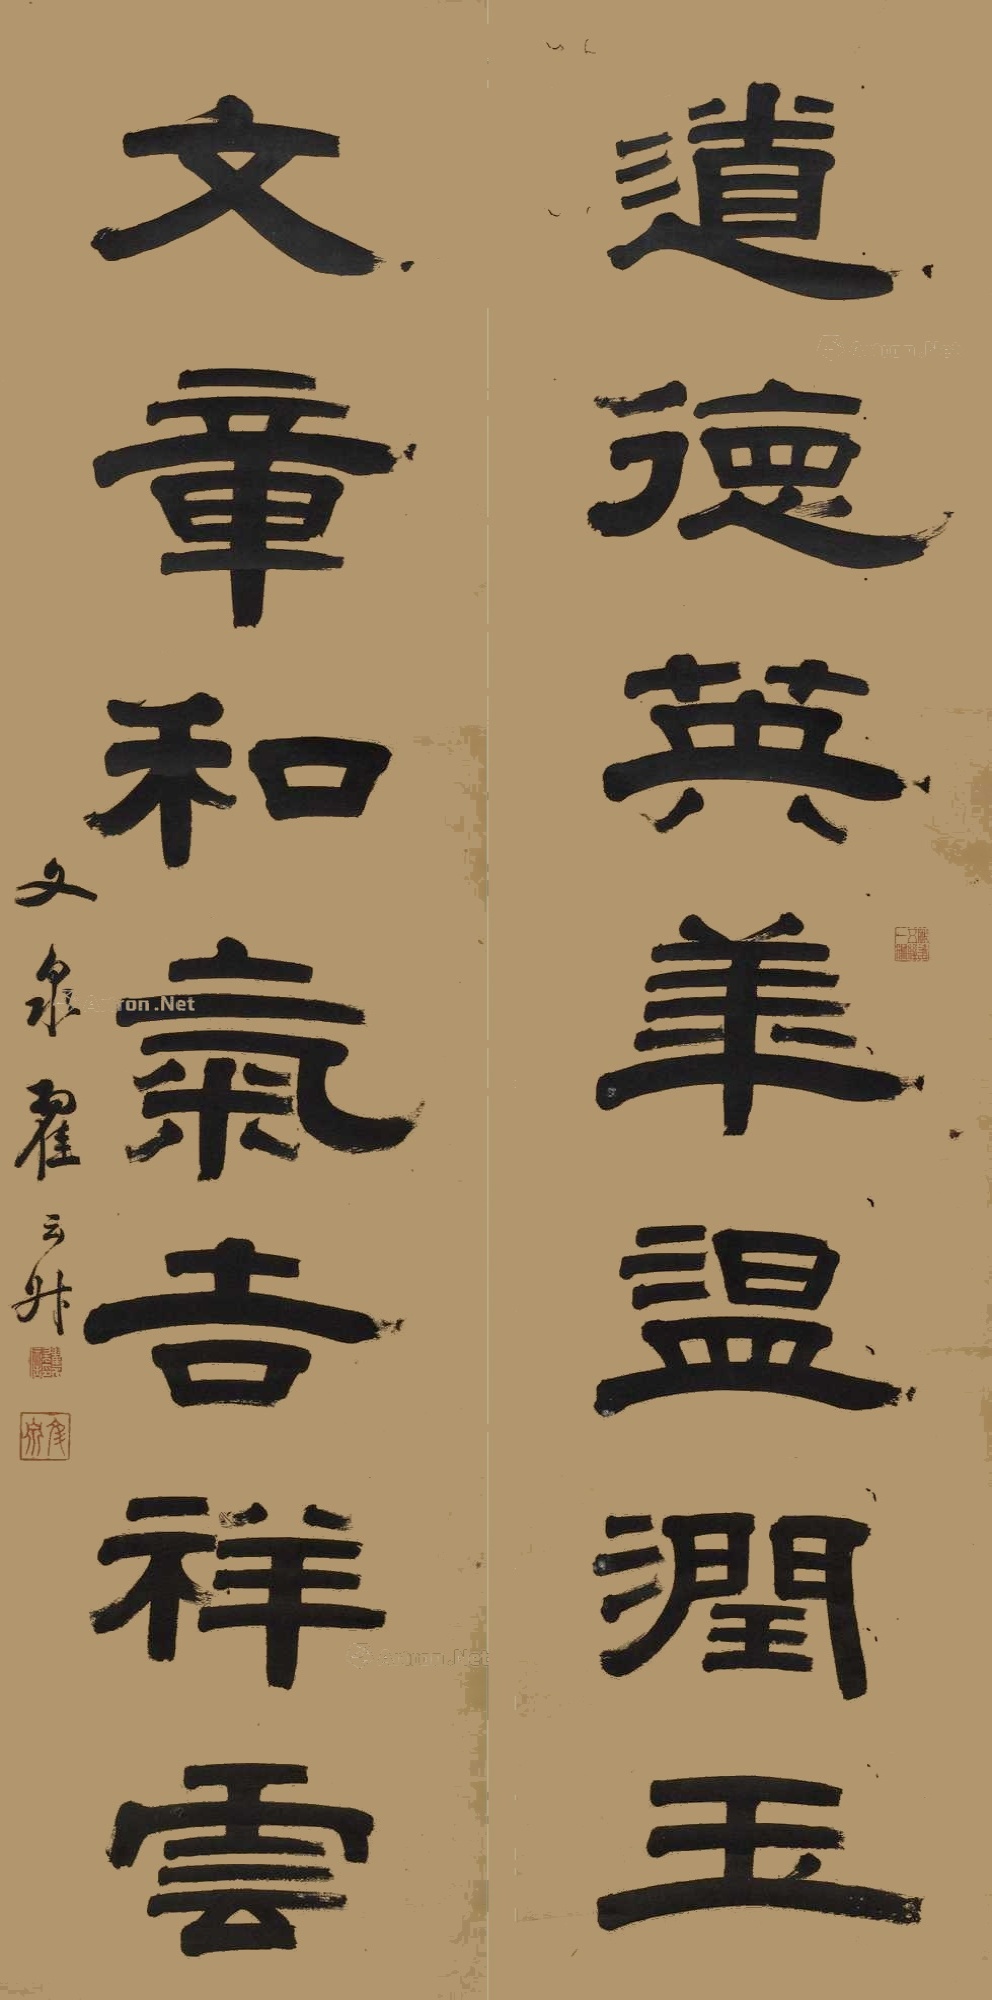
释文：道德英华温润玉，文章和气吉祥云。文泉翟云升。